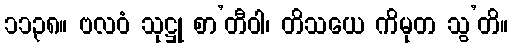
၁၁၃၈။ ဗလဝံ သုဋ္ဌု စာ’တီဝါ၊ တိသယေ ကိမုတ သွ’တိ။